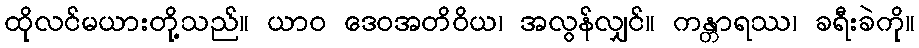
ထိုလင်မယားတို့သည်။ ယာဝ ဒေဝအတိဝိယ၊ အလွန်လျှင်။ ကန္တာရဿ၊ ခရီးခဲကို။